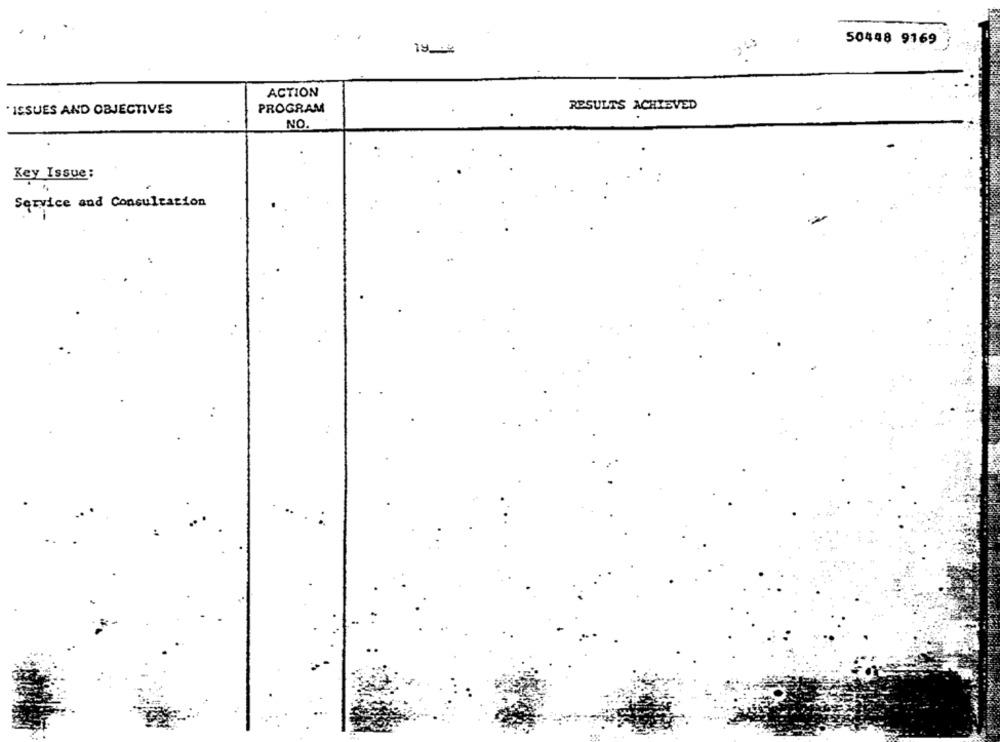
50448 9169
19%
ACTION
ISSUES AND OBJECTIVES
PROGRAM
RESULTS ACHIEVED
NO.
Key Issue:
Service and Consultation